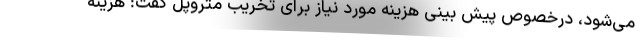
می‌شود، درخصوص پیش بینی هزینه مورد نیاز برای تخریب متروپل گفت: هزینه